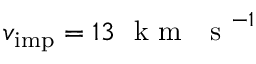
v _ { \mathrm { i m p } } = 1 3 ~ \mathrm { ~ k ~ m ~ ~ ~ s ~ } ^ { - 1 }